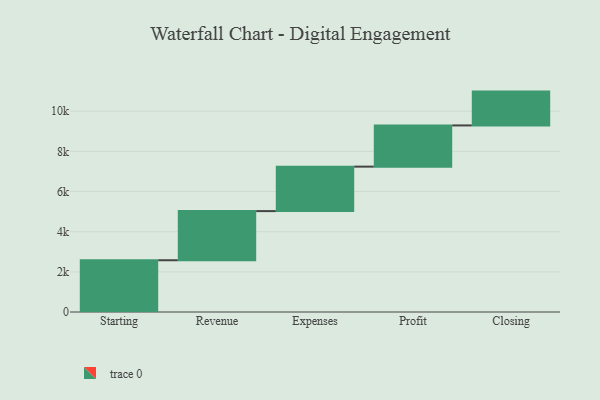
{"axis": {"x": "Step", "y": "Value"}, "legend": [""], "data": [{"x": "Starting", "y": 2578.0, "type": ""}, {"x": "Revenue", "y": 2448.0, "type": ""}, {"x": "Expenses", "y": 2215.0, "type": ""}, {"x": "Profit", "y": 2052.0, "type": ""}, {"x": "Closing", "y": 1685.0, "type": ""}]}